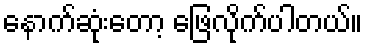
နောက်ဆုံးတော့ ဖြေလိုက်ပါတယ်။